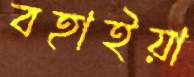
বহাইয়া